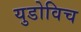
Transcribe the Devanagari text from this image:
युडोविच